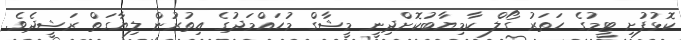
ކޮޅުފުށި ޓީމުގެ ހަތަރު ގޯލް ކާމިޔާބުކޮށްދިނީ މީޝާގް މުހައްމަދުގެ އިތުރުން ލިޔާގަތް ރަޝީދެވެ.